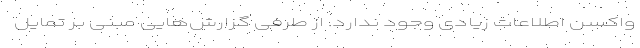
واکسن اطلاعات زیادی وجود ندارد. از طرفی گزارش‌هایی مبنی بر تمایل